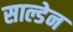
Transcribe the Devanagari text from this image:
साल्डेन